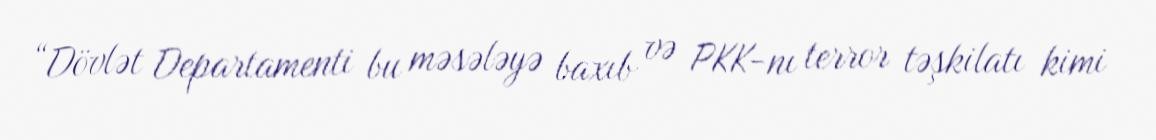
“Dövlət Departamenti bu məsələyə baxıb və PKK-nı terror təşkilatı kimi